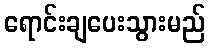
ရောင်းချပေးသွားမည်